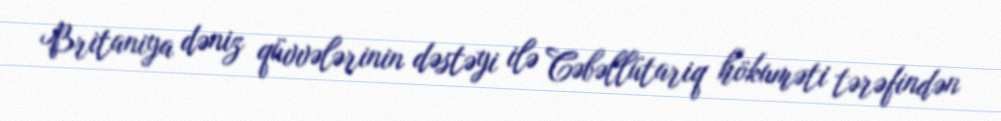
Britaniya dəniz qüvvələrinin dəstəyi ilə Cəbəllütariq hökuməti tərəfindən